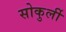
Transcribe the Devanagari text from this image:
सोकुर्ली